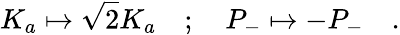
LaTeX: K_{a}\mapsto\sqrt{2}K_{a}\quad;\quad P_{-}\mapsto-P_{-}\quad.